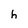
Character: h